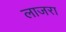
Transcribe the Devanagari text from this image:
लाजरा